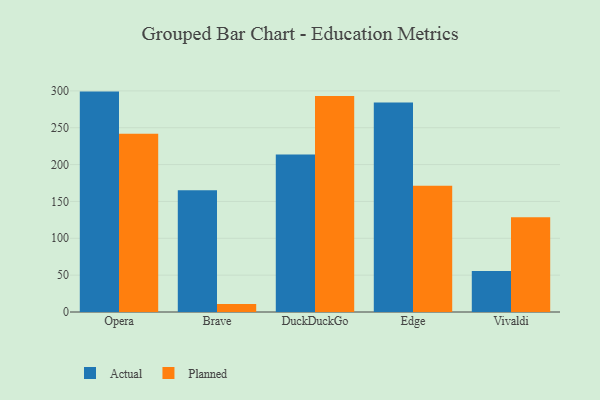
{"axis": {"x": "Browser", "y": "Net Income (USD K)"}, "legend": ["Actual", "Planned"], "data": [{"x": "Opera", "y": 299.0, "type": "Actual"}, {"x": "Opera", "y": 241.9, "type": "Planned"}, {"x": "Brave", "y": 165.3, "type": "Actual"}, {"x": "Brave", "y": 10.7, "type": "Planned"}, {"x": "DuckDuckGo", "y": 213.7, "type": "Actual"}, {"x": "DuckDuckGo", "y": 293.0, "type": "Planned"}, {"x": "Edge", "y": 284.3, "type": "Actual"}, {"x": "Edge", "y": 171.4, "type": "Planned"}, {"x": "Vivaldi", "y": 55.5, "type": "Actual"}, {"x": "Vivaldi", "y": 128.5, "type": "Planned"}]}